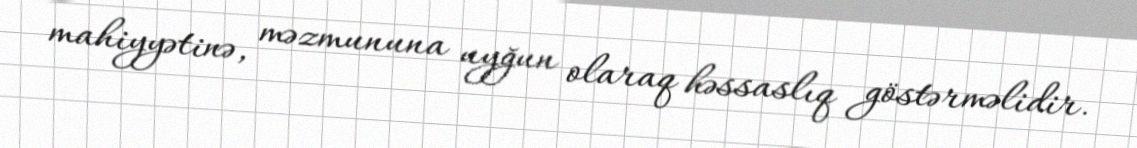
mahiyyətinə, məzmununa uyğun olaraq həssaslıq göstərməlidir.